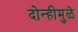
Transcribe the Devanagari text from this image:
दोन्हीमुळे